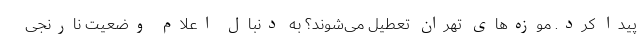
پیدا کرد. موزه‌های تهران تعطیل می‌شوند؟ به دنبال اعلام وضعیت نارنجی